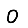
Digit: 0